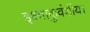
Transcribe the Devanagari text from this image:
इक्ष्वाकुवंशीय।